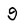
Character: 9